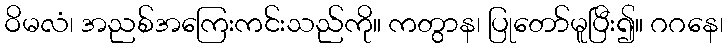
ဝိမလံ၊ အညစ်အကြေးကင်းသည်ကို။ ကတွာန၊ ပြုတော်မူပြီး၍။ ဂဂနေ၊